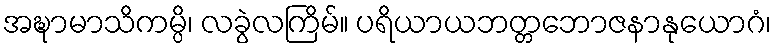
အဍ္ဎာမာသိကမ္ပိ၊ လခွဲလကြိမ်။ ပရိယာယဘတ္တဘောဇနာနုယောဂံ၊